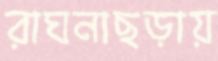
রাঘনাছড়ায়